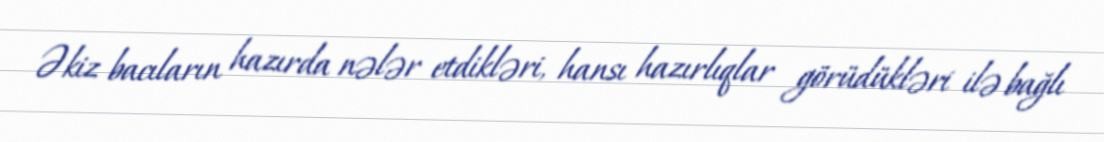
Əkiz bacıların hazırda nələr etdikləri, hansı hazırlıqlar görüdükləri ilə bağlı